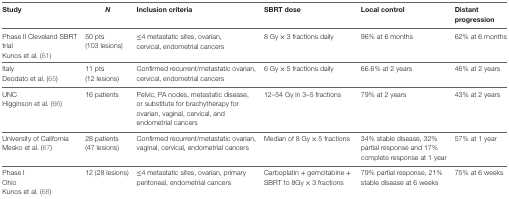
| Study | N | Inclusion criteria | SBRT dose | Local control | Distant progression |
 | --- | --- | --- | --- | --- | --- |
 | Phase II Cleveland SBRT trialKunos et al. (61) | 50 pts (103 lesions) | ≤4 metastatic sites, ovarian, cervical, endometrial cancers | 8 Gy × 3 fractions daily | 96% at 6 months | 62% at 6 months |
 | ItalyDeodato et al. (65) | 11 pts (12 lesions) | Confirmed recurrent/metastatic ovarian, cervical, endometrial cancers | 6 Gy × 5 fractions daily | 66.6% at 2 years | 46% at 2 years |
 | UNCHigginson et al. (66) | 16 patients | Pelvic, PA nodes, metastatic disease, or substitute for brachytherapy for ovarian, vaginal, cervical, and endometrial cancers | 12–54 Gy in 3–5 fractions | 79% at 2 years | 43% at 2 years |
 | University of CaliforniaMesko et al. (67) | 28 patients (47 lesions) | Confirmed recurrent/metastatic ovarian, vaginal, cervical, endometrial cancers | Median of 8 Gy × 5 fractions | 34% stable disease, 32% partial response and 17% complete response at 1 year | 57% at 1 year |
 | Phase IOhioKunos et al. (68) | 12 (28 lesions) | ≤4 metastatic sites, ovarian, primary peritoneal, endometrial cancers | Carboplatin + gemcitabine + SBRT to 8Gy × 3 fractions | 79% partial response, 21% stable disease at 6 weeks | 75% at 6 weeks |